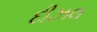
દીઝલ